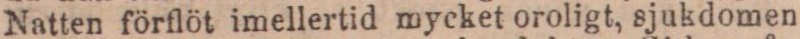
Natten förflöt imellertid mycket oroligt, sjukdomen